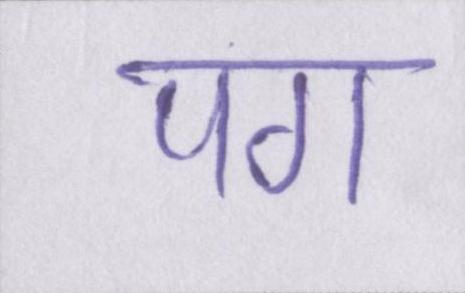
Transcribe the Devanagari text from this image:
पग